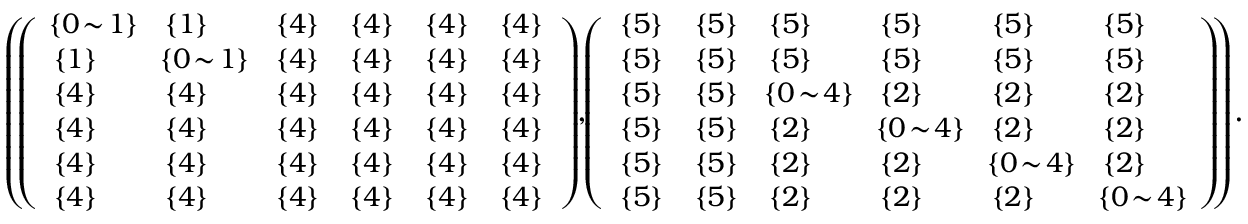
\begin{array} { r l } & { \small { \left( \! \! \left( \begin{array} { l l l l l l } { \! \{ 0 \! \sim \! 1 \} \! } & { \{ 1 \} } & { \{ 4 \} } & { \{ 4 \} } & { \{ 4 \} } & { \{ 4 \} } \\ { \{ 1 \} } & { \! \{ 0 \! \sim \! 1 \} \! } & { \{ 4 \} } & { \{ 4 \} } & { \{ 4 \} } & { \{ 4 \} } \\ { \{ 4 \} } & { \{ 4 \} } & { \{ 4 \} } & { \{ 4 \} } & { \{ 4 \} } & { \{ 4 \} } \\ { \{ 4 \} } & { \{ 4 \} } & { \{ 4 \} } & { \{ 4 \} } & { \{ 4 \} } & { \{ 4 \} } \\ { \{ 4 \} } & { \{ 4 \} } & { \{ 4 \} } & { \{ 4 \} } & { \{ 4 \} } & { \{ 4 \} } \\ { \{ 4 \} } & { \{ 4 \} } & { \{ 4 \} } & { \{ 4 \} } & { \{ 4 \} } & { \{ 4 \} } \end{array} \right) \! \! , \! \! \left( \begin{array} { l l l l l l } { \{ 5 \} } & { \{ 5 \} } & { \{ 5 \} } & { \{ 5 \} } & { \{ 5 \} } & { \{ 5 \} } \\ { \{ 5 \} } & { \{ 5 \} } & { \{ 5 \} } & { \{ 5 \} } & { \{ 5 \} } & { \{ 5 \} } \\ { \{ 5 \} } & { \{ 5 \} } & { \! \{ 0 \! \sim \! 4 \} \! } & { \{ 2 \} } & { \{ 2 \} } & { \{ 2 \} } \\ { \{ 5 \} } & { \{ 5 \} } & { \{ 2 \} } & { \! \{ 0 \! \sim \! 4 \} \! } & { \{ 2 \} } & { \{ 2 \} } \\ { \{ 5 \} } & { \{ 5 \} } & { \{ 2 \} } & { \{ 2 \} } & { \! \{ 0 \! \sim \! 4 \} \! } & { \{ 2 \} } \\ { \{ 5 \} } & { \{ 5 \} } & { \{ 2 \} } & { \{ 2 \} } & { \{ 2 \} } & { \! \{ 0 \! \sim \! 4 \} \! } \end{array} \right) \! \! \right) \! . } } \end{array}